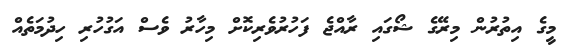
މީގެ އިތުރުން މިރޭގެ ޝޯގައި ރާއްޖެ ފަހުރުވެރިކޮށް މިހާރު ވެސް އަގުހުރި ހިދުމަތެއް